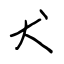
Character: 犬